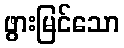
ဖွားမြင်သော